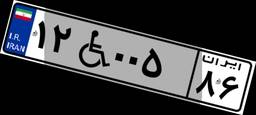
۱۲W۰۰۵۸۶